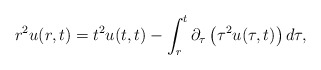
\begin{align*}r^2u(r,t)=t^2u(t,t)-\int_r^t\partial_{\tau}\left(\tau^2u(\tau,t)\right)d\tau,\end{align*}